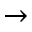
\rightarrow